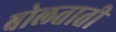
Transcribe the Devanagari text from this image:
बोलताती